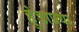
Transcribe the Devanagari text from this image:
हुंडाप्रथा